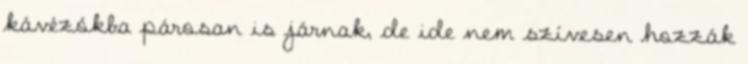
kávézókba párosan is járnak, de ide nem szívesen hozzák